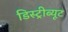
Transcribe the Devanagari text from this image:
डिस्ट्रीब्यूट